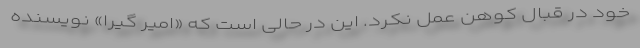
خود در قبال کوهن عمل نکرد. این در حالی است که «امیر گیرا» نویسنده